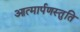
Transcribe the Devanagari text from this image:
आत्मार्पणस्तुति